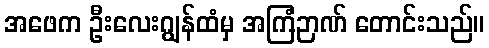
အဖေက ဦးလေးဂျွန်ထံမှ အကြံဉာဏ် တောင်းသည်။